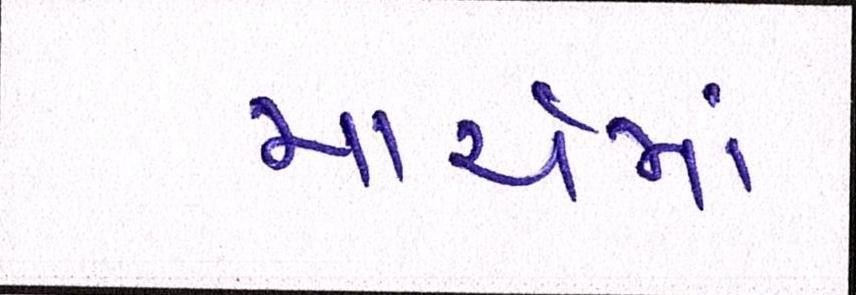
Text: માર્ચમાં